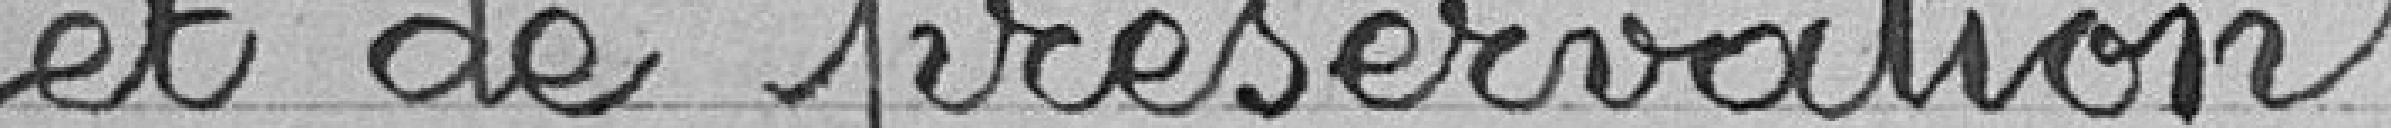
et de préservation